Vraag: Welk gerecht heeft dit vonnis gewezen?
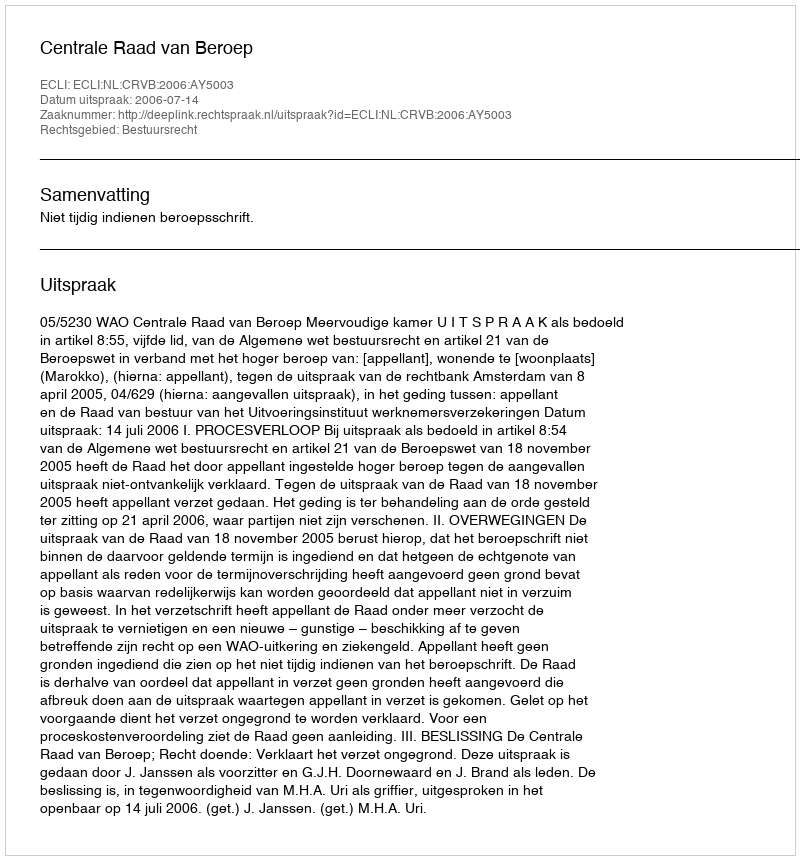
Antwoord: Centrale Raad van Beroep